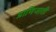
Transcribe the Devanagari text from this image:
प्राणिजाती